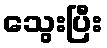
သွေးပြီး